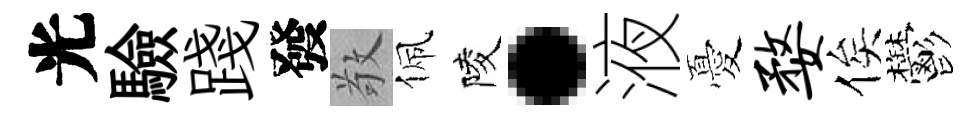
光驗踐發敬佩陵·液憂婺俟鬱